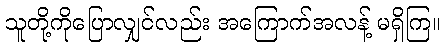
သူတို့ကိုပြောလျှင်လည်း အကြောက်အလန့် မရှိကြ။